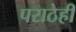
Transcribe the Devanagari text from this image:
पराठेही